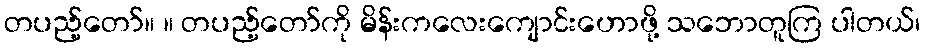
တပည့်တော်။ ။ တပည့်တော်ကို မိန်းကလေးကျောင်းဟောဖို့ သဘောတူကြ ပါတယ်၊